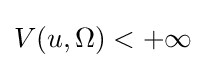
V(u,\Omega )<+\infty